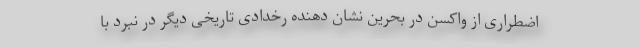
اضطراری از واکسن در بحرین نشان دهنده رخدادی تاریخی دیگر در نبرد با